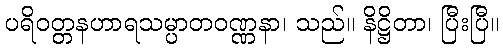
ပရိဝတ္တနဟာရသမ္ပာတဝဏ္ဏနာ၊ သည်။ နိဋ္ဌိတာ၊ ပြီးပြီ။